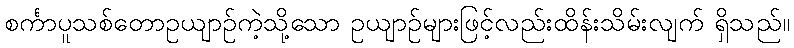
စင်္ကာပူသစ်တောဥယျာဉ်ကဲ့သို့သော ဥယျာဉ်များဖြင့်လည်းထိန်းသိမ်းလျက် ရှိသည်။